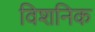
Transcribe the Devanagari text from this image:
विशनिक